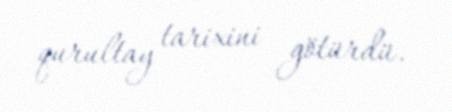
qurultay tarixini götürdü.